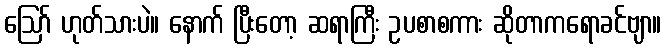
ဪ ဟုတ်သားပဲ။ နောက် ပြီးတော့ ဆရာကြီး ဥပစာစကား ဆိုတာကရောခင်ဗျာ။